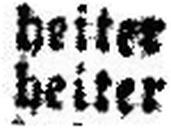
heiter